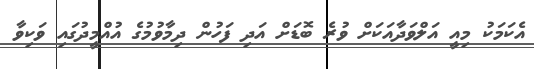
އެކަމަކު މިއީ އަލްވަދާއަކަށް ވުރެ ބޮޑަށް އަދި ފަހުން ދިމާވުމުގެ އުއްމީދުގައި ވަކިވާ